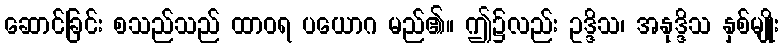
ဆောင်ခြင်း စသည်သည် ထာဝရ ပယောဂ မည်၏။ ဤ၌လည်း ဥဒ္ဒိသ၊ အနုဒ္ဒိသ နှစ်မျိုး